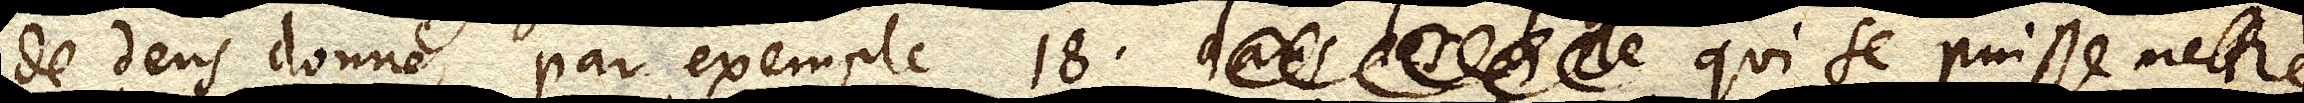
de dens donné par exemple 18. dans les le qui se puisse mettre